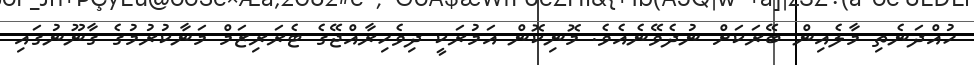
ހުއްދަނެތި މާލެއިން ބޭރަކަށް ނުދެވޭނެއެވެ. މޮނިކޮން އަމުރަކީ ދިވެހިރާއްޖޭގެ ޓެރަރިޒަމް މަނާކުރުމުގެ ގާނޫނުގައި